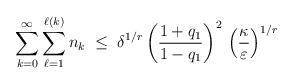
LaTeX: \begin{align*} \sum_{k=0}^\infty\sum_{\ell=1}^{\ell(k)}n_k\;\leq\;\delta^{1/r}\left(\frac{1+q_1}{1-q_1}\right)^2\,\Big(\frac{\kappa}{\varepsilon}\Big)^{1/r}\end{align*}